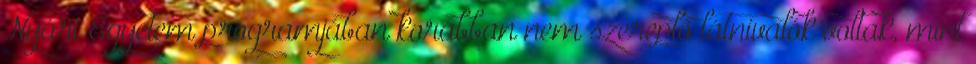
Nyári Egyetem programjában korábban nem szereplő látnivalók voltak, mint